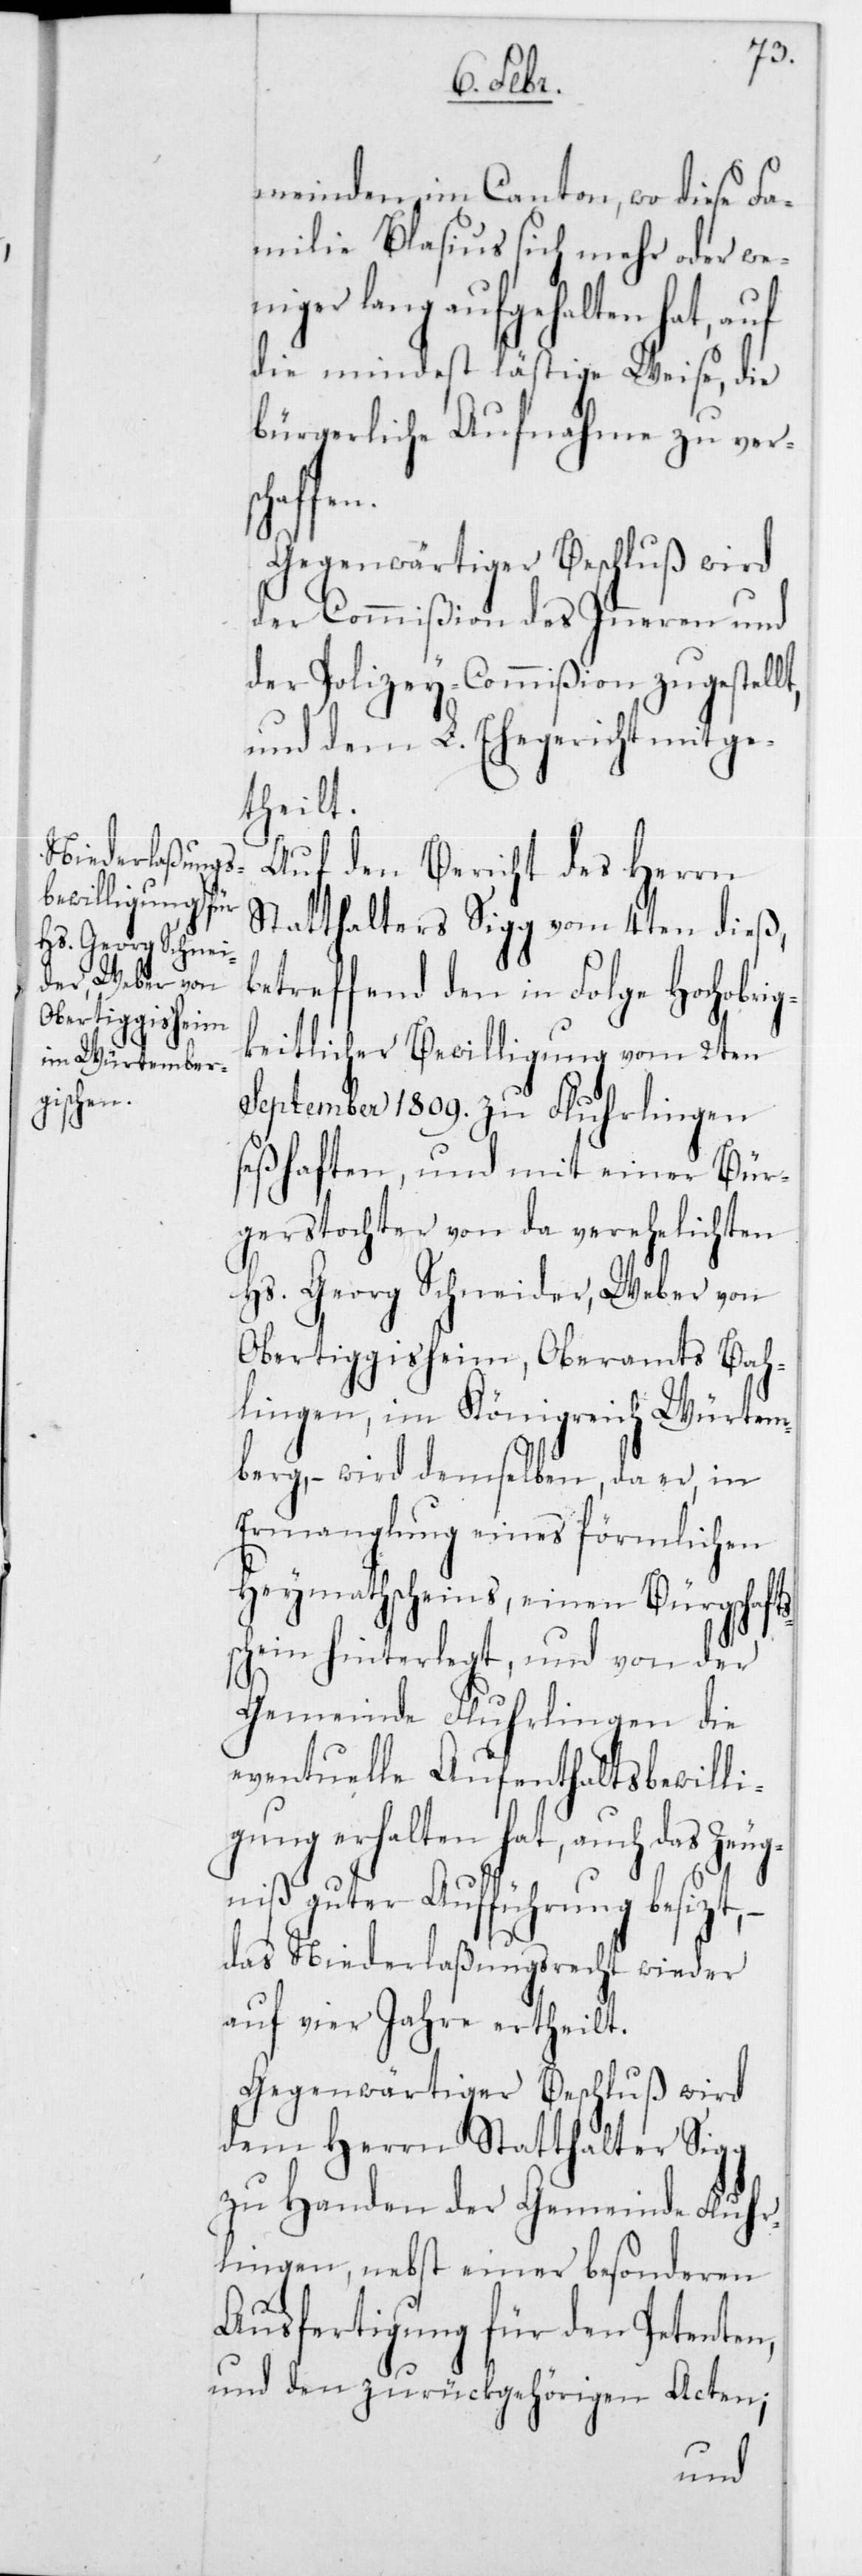
meinden im Canton, wo diese Fa¬
milie Blasius sich mehr oder wen¬
iger lang aufgehalten hat, auf
die mindest lästige Weise, die
bürgerliche Aufnahme zu ver¬
fen.
Gegenwärtiger Beschluß wird
der Commißion des Innern und
der Polizey-Commißion zugestellt,
und dem L. Ehegericht mitge¬
theilt.
Auf den Bericht des Herrn
Statthalters Sigg vom 4ten dieß,
betreffend den in Folge Hochobrig¬
keitlicher Bewilligung vom 2ten
September 1809 zu Fluhrlingen
seßhaften, und mit einer Bür¬
gerstochter von da verehelichten
Hs. Georg Schneider, Weber, von
Obertiggisheim, Oberamts Bah¬
lingen, im Königreich Würtem¬
berg, – wird demselben, da er, in
Ermanglung eines förmlichen
Heymathscheins, einen Bürgschafts¬
schein hinterlegt, und von der
Gemeinde Fluhrlingen die
eventuelle Aufenthaltsbewilli¬
gung erhalten hat, auch das Zeug¬
nis guter Aufführung besizt,
das Niederlaßungsrecht wieder
auf vier Jahre ertheilt.
Gegenwärtiger Beschluß wird
dem Herrn Statthalter Sigg
zu Handen der Gemeinde Fluhr¬
lingen, nebst einer besonderen
Ausfertigung für den Petenten,
und den zurückgehörigen Acten;